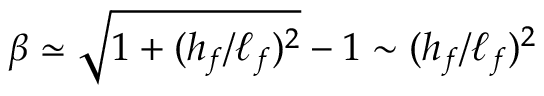
\beta \simeq \sqrt { 1 + ( h _ { f } / \ell _ { f } ) ^ { 2 } } - 1 \sim ( h _ { f } / \ell _ { f } ) ^ { 2 }